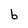
Character: b